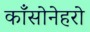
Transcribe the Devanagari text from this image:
काँसोनेहरो